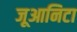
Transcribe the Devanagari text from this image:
जूआनिटा